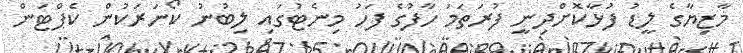
މާޒިޔާގެ ލީޑު ފުޅާކޮށްދިނީ ފުރަތަމަ ހާފުގެ ފަހު މިނެޓުގައި ލިބުނު ކޯނަރަކުން ކެޕްޓަން